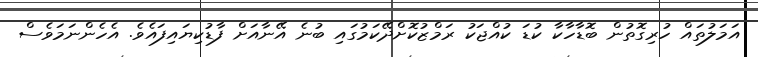
އަމަލުތައް ހުރިގޮތުން ބޮޑާހާކާ ކުޑަ ކުއްޖަކު ރަމްޒުކޮށްދޭކަމުގައި ބުނެ އޭނާއަށް ފާޑުކިޔައިފައެވެ. އެހެންނަމަވެސް